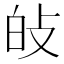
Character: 𤽐